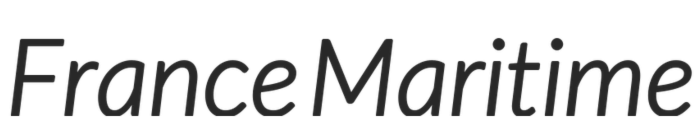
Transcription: France Maritime